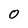
Character: O